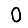
Digit: 0